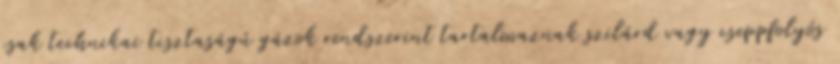
csak technikai tisztaságú gázok rendszerint tartalmaznak szilárd vagy cseppfolyós